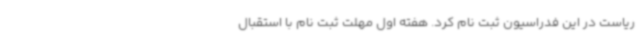
ریاست در این فدراسیون ثبت نام کرد. هفته اول مهلت ثبت نام با استقبال